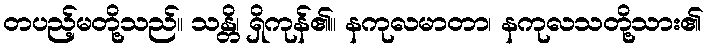
တပည့်မတို့သည်။ သန္တိ၊ ရှိကုန်၏။ နကုလမာတာ၊ နကုလသတို့သား၏